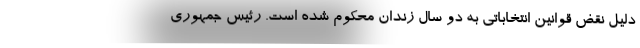
دلیل نقض قوانین انتخاباتی به دو سال زندان محکوم شده است. رئیس جمهوری